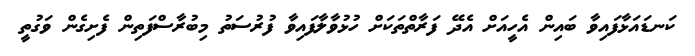
ކަނޑައަޅާފައިވާ ބައިން އެހީއަށް އެދޭ ފަރާތްތަކަށް ހުޅުވާލާފައިވާ ފުރުސަތު މިބުރާސްފަތިން ފެށިގެން ވަގުތީ